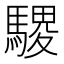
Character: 𫘓